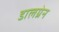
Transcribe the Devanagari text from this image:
डालग्रेन